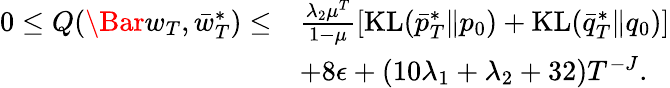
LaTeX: \begin{array}{rl}{0\leq Q(\Bar{w}_{T},\bar{w}_{T}^{*})\leq}&{\frac{\lambda_{2}\mu^{T}}{1-\mu}\left[\mathrm{KL}(\bar{p}_{T}^{*}\| p_{0})+\mathrm{KL}(\bar{q}_{T}^{*}\| q_{0})\right]}\\ &{+8\epsilon+(10\lambda_{1}+\lambda_{2}+32)T^{-J}.}\end{array}